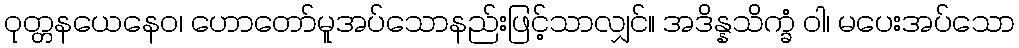
ဝုတ္တနယေနေဝ၊ ဟောတော်မူအပ်သောနည်းဖြင့်သာလျှင်။ အဒိန္နသိက္ခံ ဝါ၊ မပေးအပ်သော